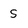
Character: S